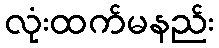
လုံးထက်မနည်း